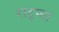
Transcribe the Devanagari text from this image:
राटूफा